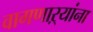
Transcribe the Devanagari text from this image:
वागणाऱ्यांना